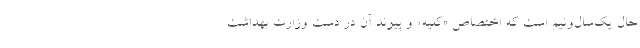
حال یک‌سال‌و‌نیم است که اختصاص «کلیه» و پیوند آن در دست وزارت بهداشت